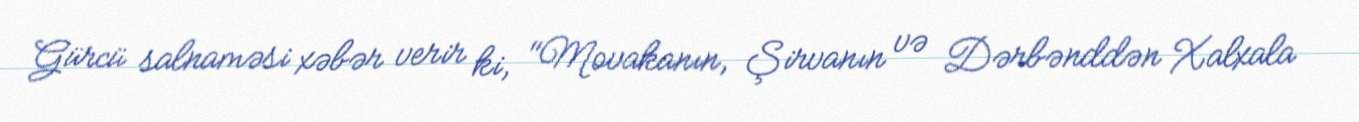
Gürcü salnaməsi xəbər verir ki, "Movakanın, Şirvanın və Dərbənddən Xalxala